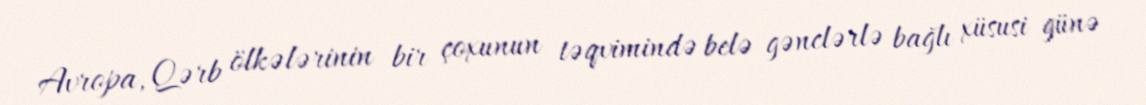
Avropa, Qərb ölkələrinin bir çoxunun təqvimində belə gənclərlə bağlı xüsusi günə